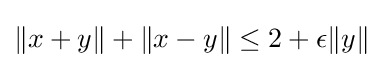
\|x+y\|+\|x-y\|\leq 2+\epsilon \|y\|